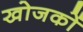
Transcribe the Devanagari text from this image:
खोजकों